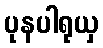
ပုနပါရုယှ